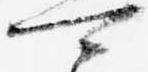
可